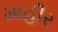
માહીર